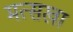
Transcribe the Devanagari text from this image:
मत्सखा